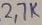
Text: 2.7K